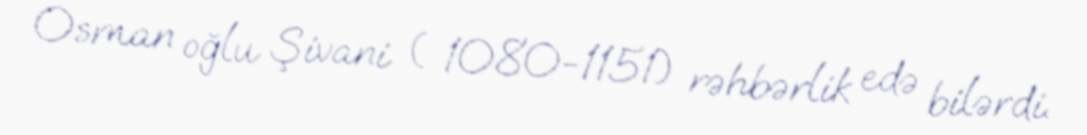
Osman oğlu Şivani ( 1080-1151) rəhbərlik edə bilərdi.